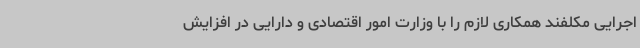
اجرایی مکلفند همکاری لازم را با وزارت امور اقتصادی و دارایی در افزایش